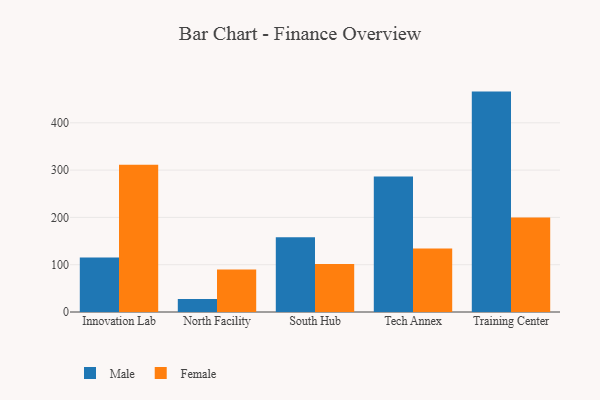
{"axis": {"x": "Campus", "y": "Website Visitors"}, "legend": ["Female", "Male"], "data": [{"x": "Innovation Lab", "y": 115.1, "type": "Male"}, {"x": "Innovation Lab", "y": 311.6, "type": "Female"}, {"x": "North Facility", "y": 27.7, "type": "Male"}, {"x": "North Facility", "y": 89.8, "type": "Female"}, {"x": "South Hub", "y": 158.1, "type": "Male"}, {"x": "South Hub", "y": 101.4, "type": "Female"}, {"x": "Tech Annex", "y": 286.3, "type": "Male"}, {"x": "Tech Annex", "y": 134.1, "type": "Female"}, {"x": "Training Center", "y": 466.0, "type": "Male"}, {"x": "Training Center", "y": 200.0, "type": "Female"}]}